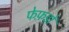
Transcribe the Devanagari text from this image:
फेफ़ड़ों